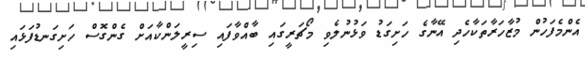
އެންމެފަހުން މުޒާހަރާތަކާހެދި އޭނާގެ ހަށިގަޑު ވަޅުނުލެވި މޯޗަރީގައި ބާއްވާފައި ސިރީލަންކާއަށް ގެންގޮސް ހަށިގަނޑުފަޅައި